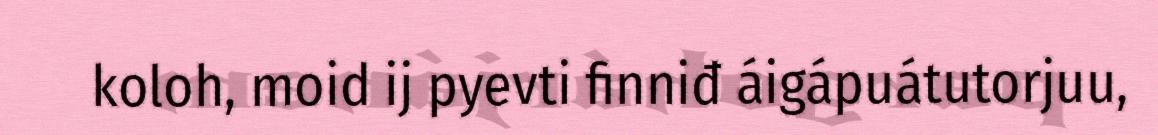
koloh, moid ij pyevti finniđ áigápuátutorjuu,